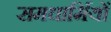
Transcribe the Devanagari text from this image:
समधार्मियों